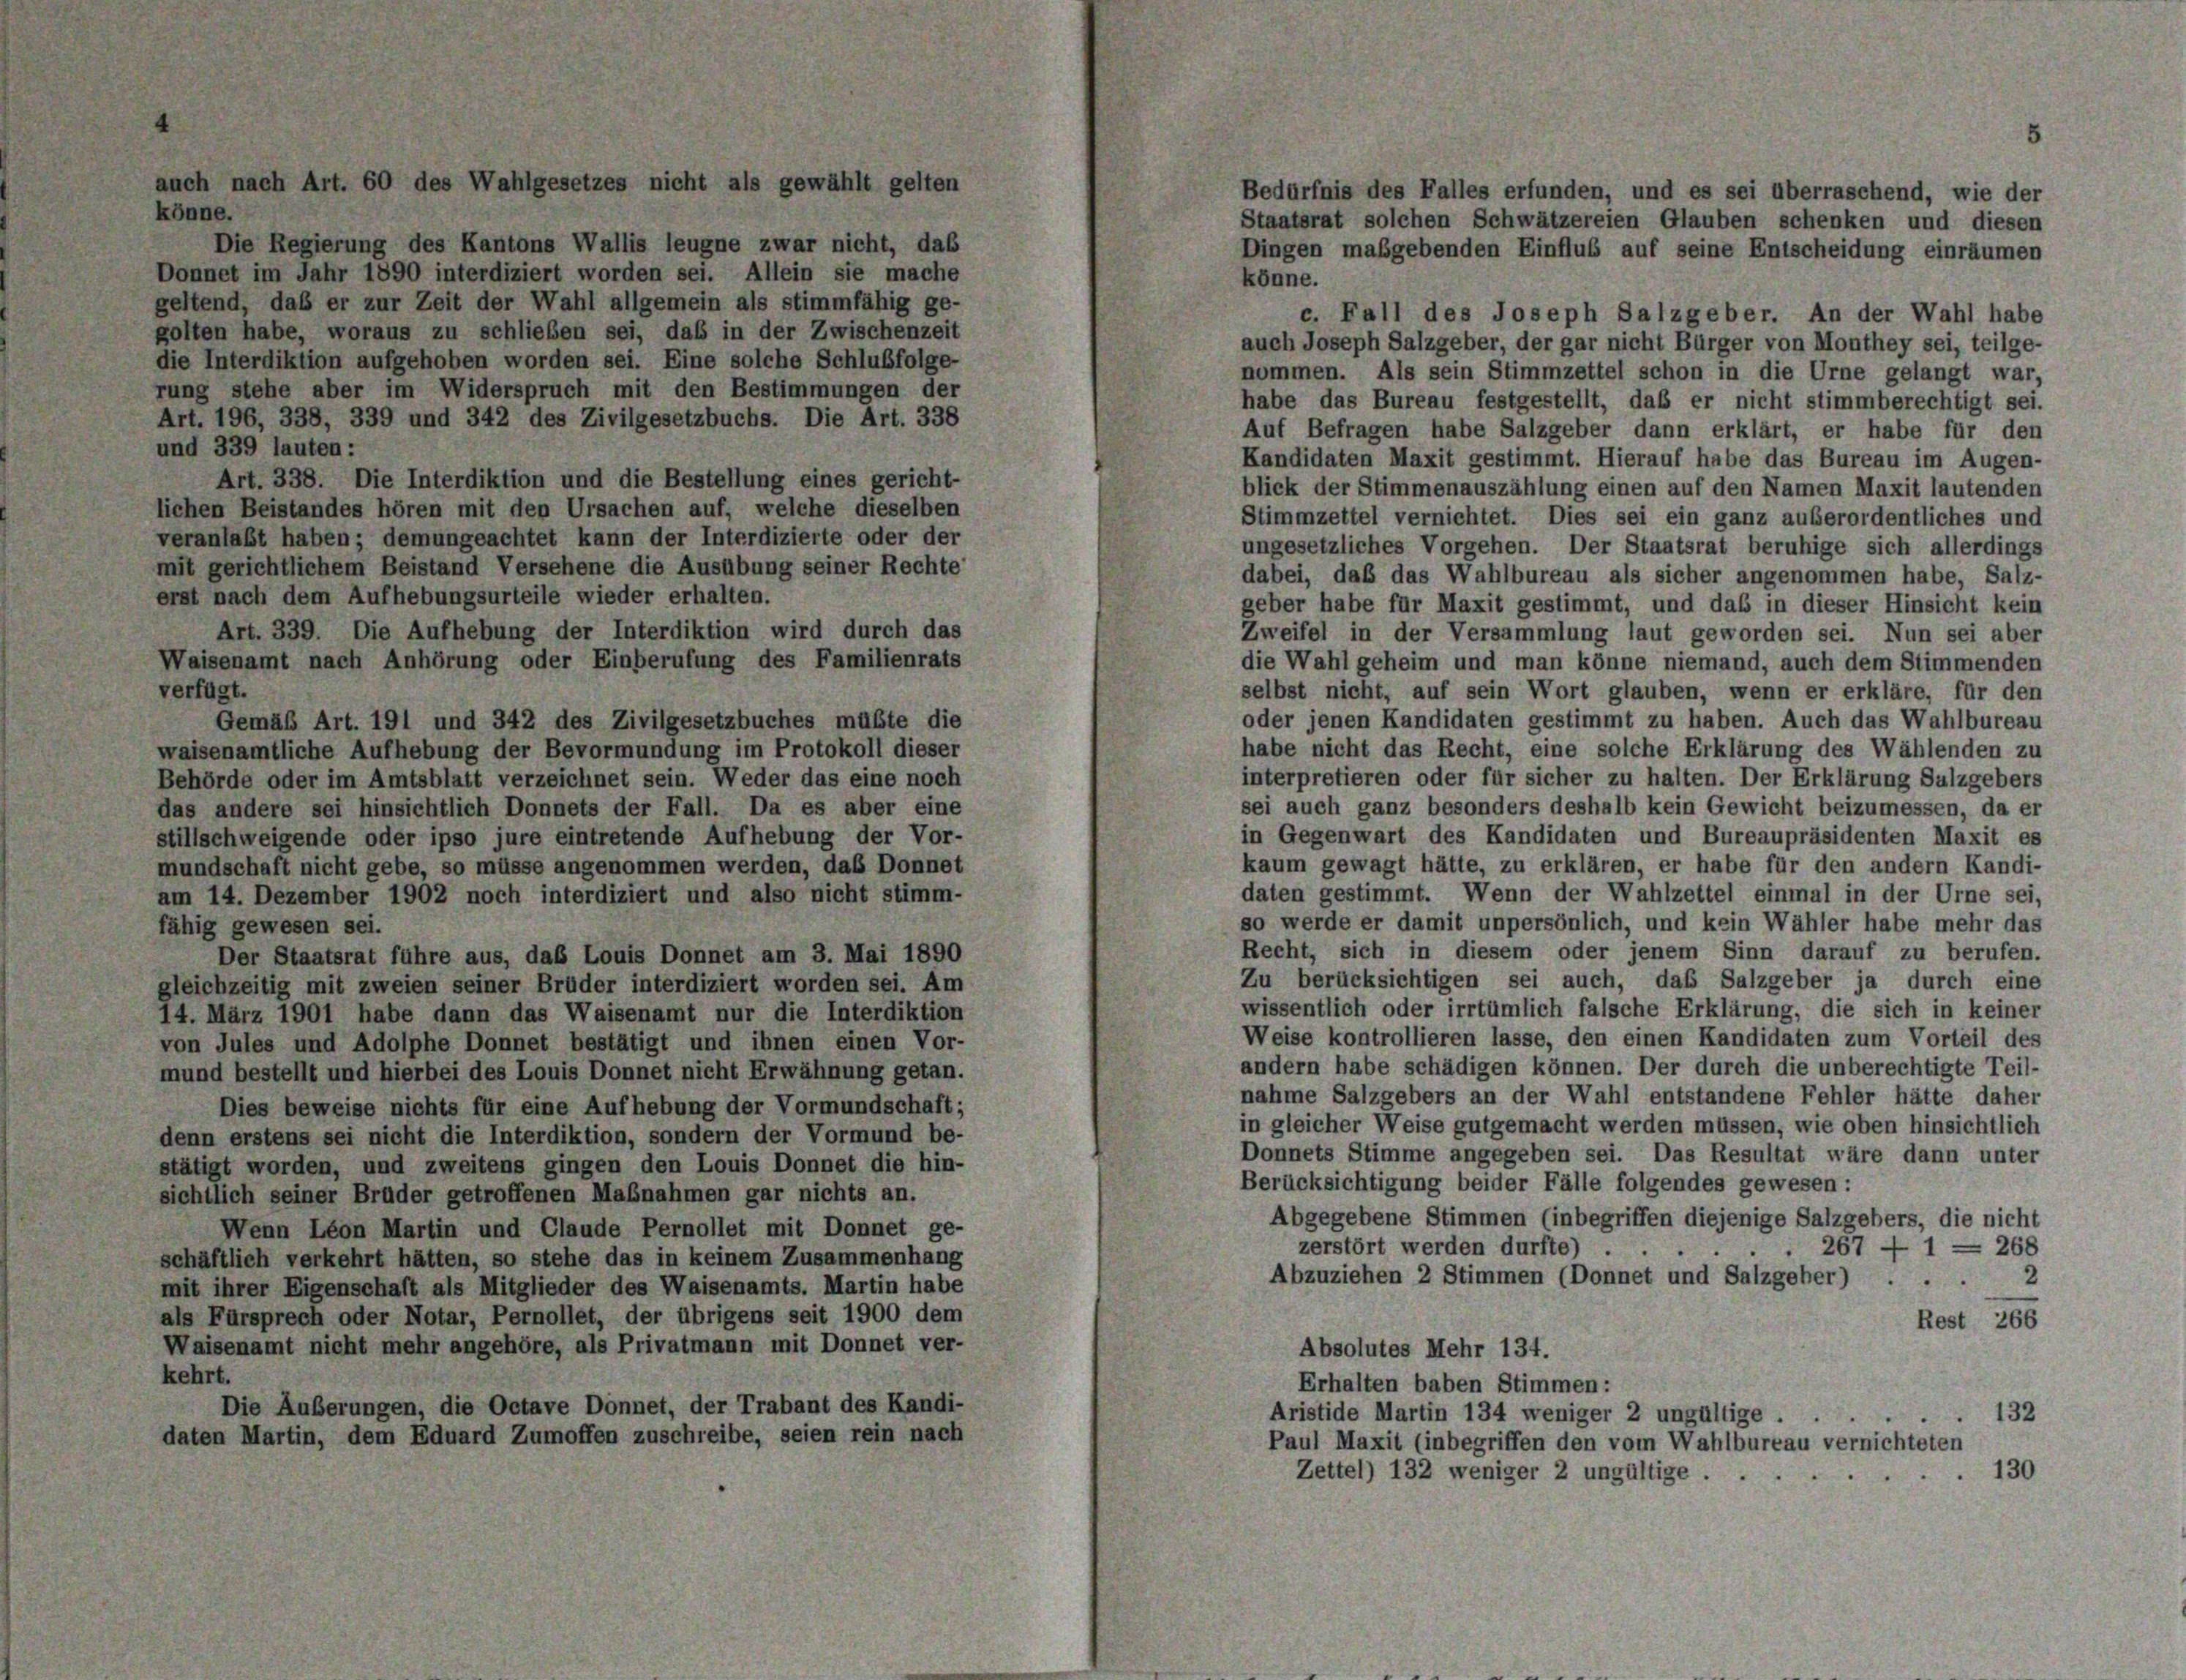
auch nach Art. 60 des Wahlgesetzes nicht als gewählt gelten
Bedürfnis des Falles erfunden, und es sei überraschend, wie der
könne.
Staatsrat solchen Schwätzereien Glauben schenken und diesen
Die Regierung des Kantons Wallis leugne zwar nicht, das
Dingen maßgebenden Einflub auf seine Entscheidung einräumen
Donnet im Jahr 1890 interdiziert worden sei. Allein sie mache
könne.
geltend, daß er zur Zeit der Wahl allgemein als stimmfähig ge-
c. Fall des Joseph Salzgeber. An der Wahl habe
golten habe, woraus zu schlieben sei, das in der Zwischenzeit
auch Joseph Salzgeber, der gar nicht Bürger von Monthey sei, teilge-
die Interdiktion aufgehoben worden sei. Eine solche Schlußfolge-
nommen. Als sein Stimmzettel schon in die Urne gelangt war,
rung stehe aber im Widerspruch mit den Bestimmungen der
habe das Bureau festgestellt, daß er nicht stimmberechtigt sei.
Art. 196, 338, 339 und 342 des Zivilgesetzbuchs. Die Art. 338
Auf Befragen habe Salzgeber dann erklärt, er habe für den
und 339 lauten:
Kandidaten Maxit gestimmt. Hierauf habe das Bureau im Augen-
Art. 338. Die Interdiktion und die Bestellung eines gericht-
blick der Stimmenauszählung einen auf den Namen Maxit lautenden
lichen Beistandes hören mit den Ursachen auf, welche dieselben
Stimmzettel vernichtet. Dies sei ein ganz außerordentliches und
veranlaßt haben; demungeachtet kann der Interdizierte oder der
ungesetzliches Vorgehen. Der Staatsrat beruhige sich allerdings
mit gerichtlichem Beistand Versehene die Ausübung seiner Rechte
dabei, daß das Wahlbureau als sicher angenommen habe, Salz-
erst nach dem Aufhebungsurteile wieder erhalten.
geber habe für Maxit gestimmt, und das in dieser Hinsicht kein
Art. 339. Die Aufhebung der Interdiktion wird durch das
Zweifel in der Versammlung laut geworden sei. Nun sei aber
Waisenamt nach Anhörung oder Einberufung des Familienrats
die Wahl geheim und man könne niemand, auch dem Stimmenden
verfügt.
selbst nicht, auf sein Wort glauben, wenn er erkläre, für den
oder jenen Kandidaten gestimmt zu haben. Auch das Wahlbureau
Gemäß Art. 191 und 342 des Zivilgesetzbuches müßte die
habe nicht das Recht, eine solche Erklärung des Wählenden zu
waisenamtliche Aufhebung der Bevormundung im Protokoll dieser
interpretieren oder für sicher zu halten. Der Erklärung Salzgebers
Behörde oder im Amtsblatt verzeichnet sein. Weder das eine noch
das andere sei hinsichtlich Donnets der Fall. Da es aber eine
sei auch ganz besonders deshalb kein Gewicht beizumessen, da er
in Gegenwart des Kandidaten und Bureaupräsidenten Maxit es
stillschweigende oder ipso jure eintretende Aufhebung der Vor-
kaum gewagt hätte, zu erklären, er habe für den andern Kandi-
mundschaft nicht gebe, so müsse angenommen werden, das Donnet
daten gestimmt. Wenn der Wahlzettel einmal in der Urne sei,
am 14. Dezember 1902 noch interdiziert und also nicht stimm-
so werde er damit unpersönlich, und kein Wähler habe mehr das
fähig gewesen sei.
Recht, sich in diesem oder jenem Sinn darauf zu berufen.
Der Staatsrat führe aus, das Louis Donnet am 3. Mai 1890
Zu berücksichtigen sei auch, das Salzgeber ja durch eine
gleichzeitig mit zweien seiner Brüder interdiziert worden sei. Am
wissentlich oder irrtümlich falsche Erklärung, die sich in keiner
14. März 1901 habe dann das Waisenamt nur die Interdiktion
Weise kontrollieren lasse, den einen Kandidaten zum Vorteil des
von Jules und Adolphe Donnet bestätigt und ihnen einen Vor-
andern habe schädigen können. Der durch die unberechtigte Teil-
mund bestellt und hierbei des Louis Donnet nicht Erwähnung getan.
nahme Salzgebers an der Wahl entstandene Fehler hätte daher
Dies beweise nichts für eine Aufhebung der Vormundschaft;
in gleicher Weise gutgemacht werden müssen, wie oben hinsichtlich
denn erstens sei nicht die Interdiktion, sondern der Vormund be-
Donnets Stimme angegeben sei. Das Resultat wäre dann unter
stätigt worden, und zweitens gingen den Louis Donnet die hin-
Berücksichtigung beider Fälle folgendes gewesen:
sichtlich seiner Brüder getroffenen Maßnahmen gar nichts an.
Abgegebene Stimmen (inbegriffen diejenige Salzgebers, die nicht
Wenn Léon Martin und Claude Pernollet mit Donnet ge-
zerstört werden durfte) .
267 - 1 = 268
schäftlich verkehrt hätten, so stehe das in keinem Zusammenhang
2
Abzuziehen 2 Stimmen (Donnet und Salzgeber) ...
mit ihrer Eigenschaft als Mitglieder des Waisenamts. Martin habe
als Fürsprech oder Notar, Pernollet, der übrigens seit 1900 dem
Rest 266
Waisenamt nicht mehr angehöre, als Privatmann mit Donnet ver-
Absolutes Mehr 134.
kehrt.
Erhalten baben Stimmen:
Die Äußerungen, die Octave Donnet, der Trabant des Kandi-
Aristide Martin 134 weniger 2 ungültige.
132
daten Martin, dem Eduard Zumoffen zuschreibe, seien rein nach
Paul Maxit (inbegriffen den vom Wahlbureau vernichteten
130
Zettel) 132 weniger 2 ungültige.